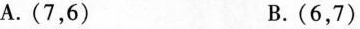
A.(7，6) B.(6，7)